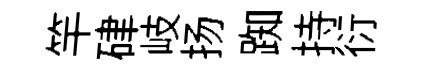
竿硉岐扬踟持衍